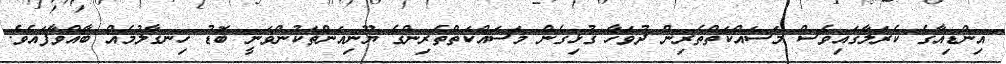
އިންޑިއާގެ ކެރަލާގައިވެސް މަސައްކަތްތެރިން ދުވަހާ ގުޅިގެން މަސައްކަތްތެރިންގެ ޔޫނިއަންތަކުންވަނީ ބޮޑު ހިނގާލުމެއް ބާއްވާފައެވެ.